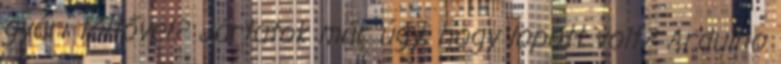
gyári töltővel? Jártatok már úgy, hogy lopott volt? Arduino